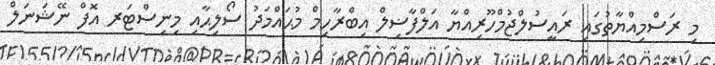
މި ރަސްމިއްޔާތުގައި ރައީސުލްޖުމްހޫރިއްޔާ އަލްފާޟިލް އިބްރާހިމް މުޙައްމަދު ސޯލިޙާއި މިނިސްޓަރ އޮފް ނޭޝަނަލް